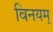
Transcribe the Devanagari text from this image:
विनयम्